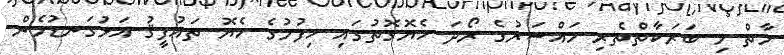
މާތް މި ބަރަކާތްތެރި މައްސަރުގެ ރޯދަ ހެޔޮގޮތުގައި ހިފުމުގެ ހެޔޮ ތައުފީޤު އަޅުގަނޑުމެން